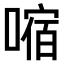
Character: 𫫠